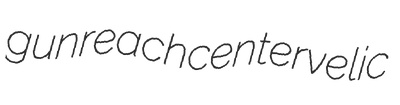
gunreach centervelic